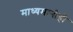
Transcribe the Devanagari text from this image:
माध्यमानीही